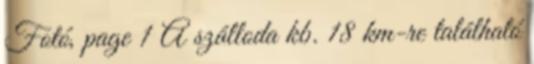
Fotó, page 1 A szálloda kb. 18 km-re található